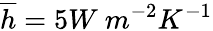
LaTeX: \overline{{h}}=5W\ m^{-2}K^{-1}